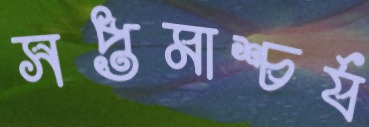
সপ্তমাশ্চর্য